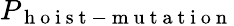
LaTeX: P_{\mathrm{~h~o~i~s~t~-~m~u~t~a~t~i~o~n~}}